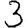
Digit: 3